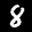
Label: 8